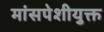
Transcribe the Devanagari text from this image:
मांसपेशीयुक्त